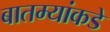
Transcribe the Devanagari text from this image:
बातम्यांकडे